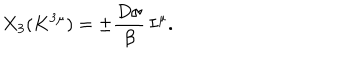
X _ { 3 } ( K ^ { 3 \mu } ) = \pm \frac { D \sigma } { \beta } \, I ^ { \mu } .